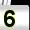
Digit: 5